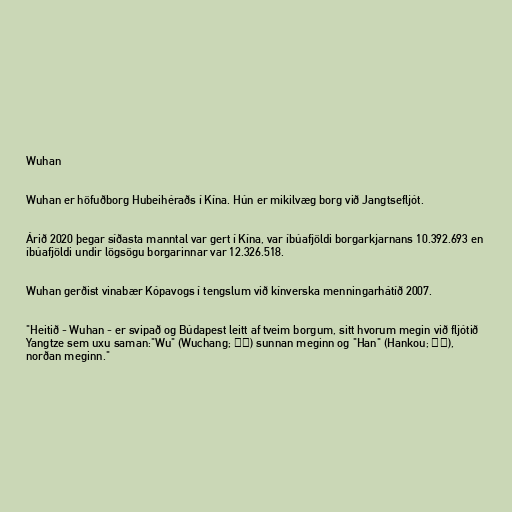
Wuhan

Wuhan er höfuðborg Hubeihéraðs í Kína. Hún er mikilvæg borg við Jangtsefljót.

Árið 2020 þegar síðasta manntal var gert í Kína, var íbúafjöldi borgarkjarnans 10.392.693 en
íbúafjöldi undir lögsögu borgarinnar var 12.326.518.

Wuhan gerðist vinabær Kópavogs í tengslum við kínverska menningarhátíð 2007.

"Heitið - Wuhan - er svipað og Búdapest leitt af tveim borgum, sitt hvorum megin við fljótið
Yangtze sem uxu saman:"Wu" (Wuchang; 武昌) sunnan meginn og "Han" (Hankou; 汉口),
norðan meginn."